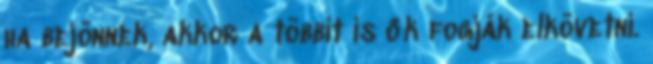
ha bejönnek, akkor a többit is ők fogják elkövetni.